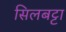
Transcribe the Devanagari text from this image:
सिलबट्टा